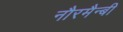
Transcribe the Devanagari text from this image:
नौरमैन्बी